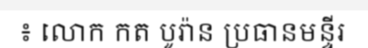
៖ លោក កត បូរ៉ាន ប្រធានមន្ទីរ